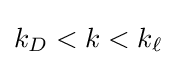
k_{D}<k<k_{\ell }